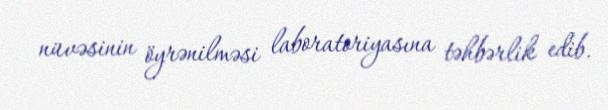
nüvəsinin öyrənilməsi laboratoriyasına təhbərlik edib.